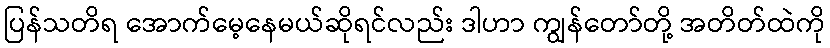
ပြန်သတိရ အောက်မေ့နေမယ်ဆိုရင်လည်း ဒါဟာ ကျွန်တော်တို့ အတိတ်ထဲကို